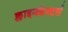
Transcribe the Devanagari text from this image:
क्लाइनफ़ेल्टर्स